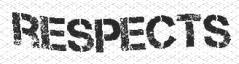
RESPECTS